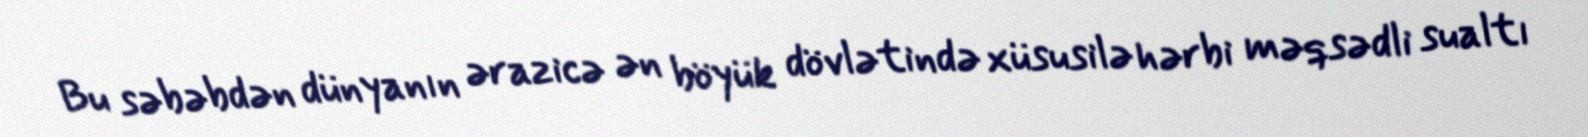
Bu səbəbdən dünyanın ərazicə ən böyük dövlətində xüsusilə hərbi məqsədli sualtı